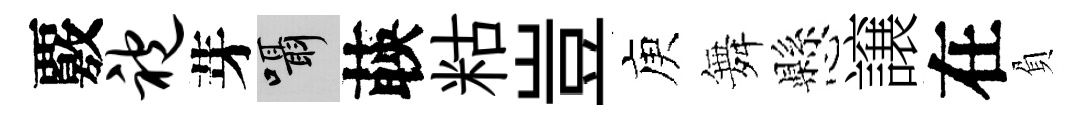
覈袍芽囁𦴤䊀豈庾舞懸譲在負